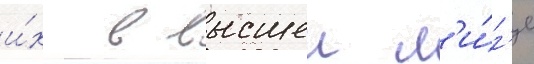
и́х в высшеи л'и́г'е